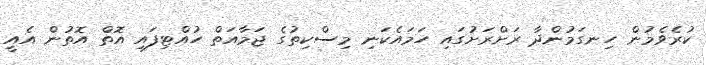
ކުރެވެމުން ހިނގަމުންދާ ރަށްރަށުގައި ހަމައެކަނި މިސްކިތުގެ ޖަމާއަތް ހުއްޓިފައި އޮތް އޮތުން އެއީ